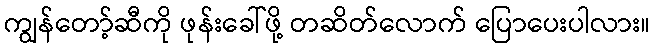
ကျွန်တော့်ဆီကို ဖုန်းခေါ်ဖို့ တဆိတ်လောက် ပြောပေးပါလား။